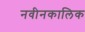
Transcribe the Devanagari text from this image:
नवीनकालिक